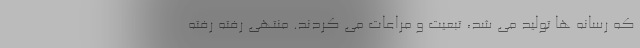
که رسانه ها تولید می شد، تبعیت و مراعات می کردند. منتهی رفته رفته